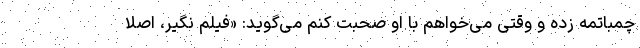
چمباتمه زده و وقتی می‌خواهم با او صحبت کنم می‌گوید: «فیلم نگیر، اصلا